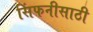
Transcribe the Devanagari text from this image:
सिंफनीसाठी